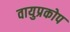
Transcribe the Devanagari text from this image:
वायुप्रकोप